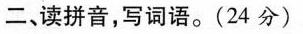
二、读拼音，写词语。(24分)